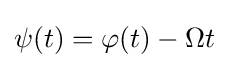
\psi (t)=\varphi (t)-\Omega t